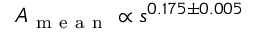
A _ { \mathrm { ~ m ~ e ~ a ~ n ~ } } \propto s ^ { 0 . 1 7 5 \pm 0 . 0 0 5 }